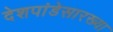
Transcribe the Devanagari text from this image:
देशपांडेसारख्या